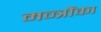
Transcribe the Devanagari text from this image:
मन्त्रौंका